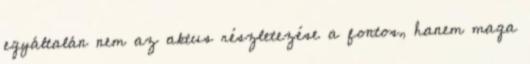
egyáltalán nem az aktus részletezése a fontos, hanem maga